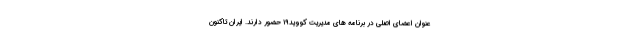
عنوان اعضای اصلی در برنامه های مدیریت کووید۱۹ حضور دارند. ایران تاکنون